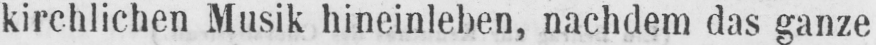
kirchlichen Musik hineinleben, nachdem das ganze